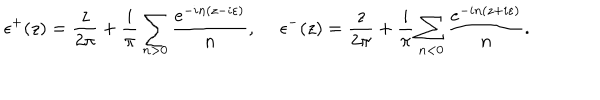
\epsilon ^ { + } ( z ) = \frac { z } { 2 \pi } + \frac { i } { \pi } \sum _ { n > 0 } \frac { e ^ { - i n ( z - i \varepsilon ) } } { n } , ~ ~ \epsilon ^ { - } ( z ) = \frac { z } { 2 \pi } + \frac { i } { \pi } \sum _ { n < 0 } \frac { e ^ { - i n ( z + i \varepsilon ) } } { n } .